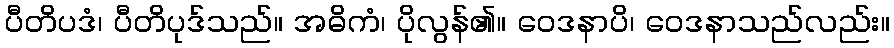
ပီတိပဒံ၊ ပီတိပုဒ်သည်။ အဓိကံ၊ ပိုလွန်၏။ ဝေဒနာပိ၊ ဝေဒနာသည်လည်း။